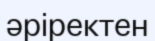
әріректен